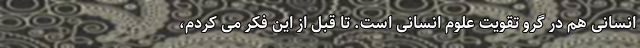
انسانی هم در گرو تقویت علوم انسانی است. تا قبل از این فکر می کردم،